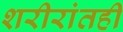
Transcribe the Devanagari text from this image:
शरीरांतही